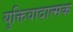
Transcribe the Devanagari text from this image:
युक्तिवादात्मक